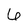
Character: 6